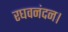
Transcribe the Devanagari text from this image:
रघवनंदन।